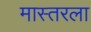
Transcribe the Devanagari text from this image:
मास्तरला